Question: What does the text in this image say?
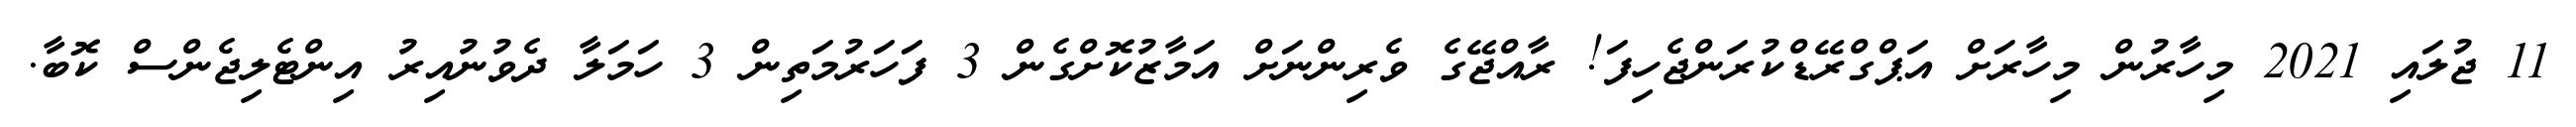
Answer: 11 ޖުލައި 2021 މިހާރުން މިހާރަށް އަޕްގްރޭޑްކުރަންޖެހިފަ! ރާއްޖޭގެ ވެރިންނަށް އަމާޒުކޮށްގެން 3 ފަހަރުމަތިން 3 ހަމަލާ ދެވުނުއިރު އިންޓެލިޖެންސް ކޮބާ.